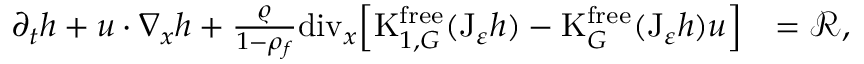
\begin{array} { r l } { \partial _ { t } h + u \cdot \nabla _ { x } h + \frac { \varrho } { 1 - \rho _ { f } } \mathrm { d i v } _ { x } \Big [ \mathrm { K } _ { 1 , G } ^ { \mathrm { f r e e } } ( \mathrm { J } _ { \varepsilon } h ) - \mathrm { K } _ { G } ^ { \mathrm { f r e e } } ( \mathrm { J } _ { \varepsilon } h ) u \Big ] } & { = \mathcal { R } , } \end{array}